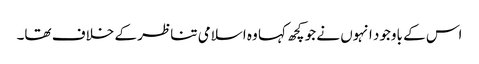
اس کے باوجود انہوں نے جو کچھ کہا وہ اسلامی تناظر کے خلاف تھا۔